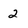
Character: 2